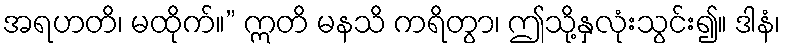
အရဟတိ၊ မထိုက်။” ဣတိ မနသိ ကရိတွာ၊ ဤသို့နှလုံးသွင်း၍။ ဒါနံ၊